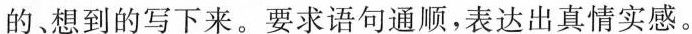
的、想到的写下来。要求语句通顺，表达出真情实感。